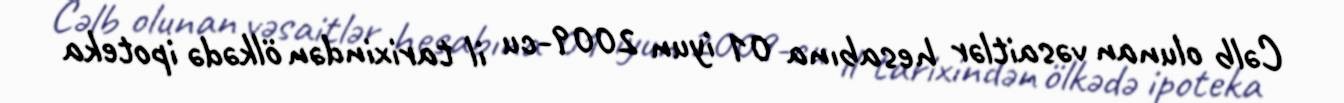
Cəlb olunan vəsaitlər hesabına 01 iyun 2009-cu il tarixindən ölkədə ipoteka